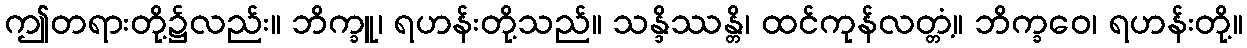
ဤတရားတို့၌လည်း။ ဘိက္ခူ၊ ရဟန်းတို့သည်။ သန္ဒိဿန္တိ၊ ထင်ကုန်လတ္တံ့။ ဘိက္ခဝေ၊ ရဟန်းတို့။